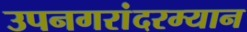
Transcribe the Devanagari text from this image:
उपनगरांदरम्यान